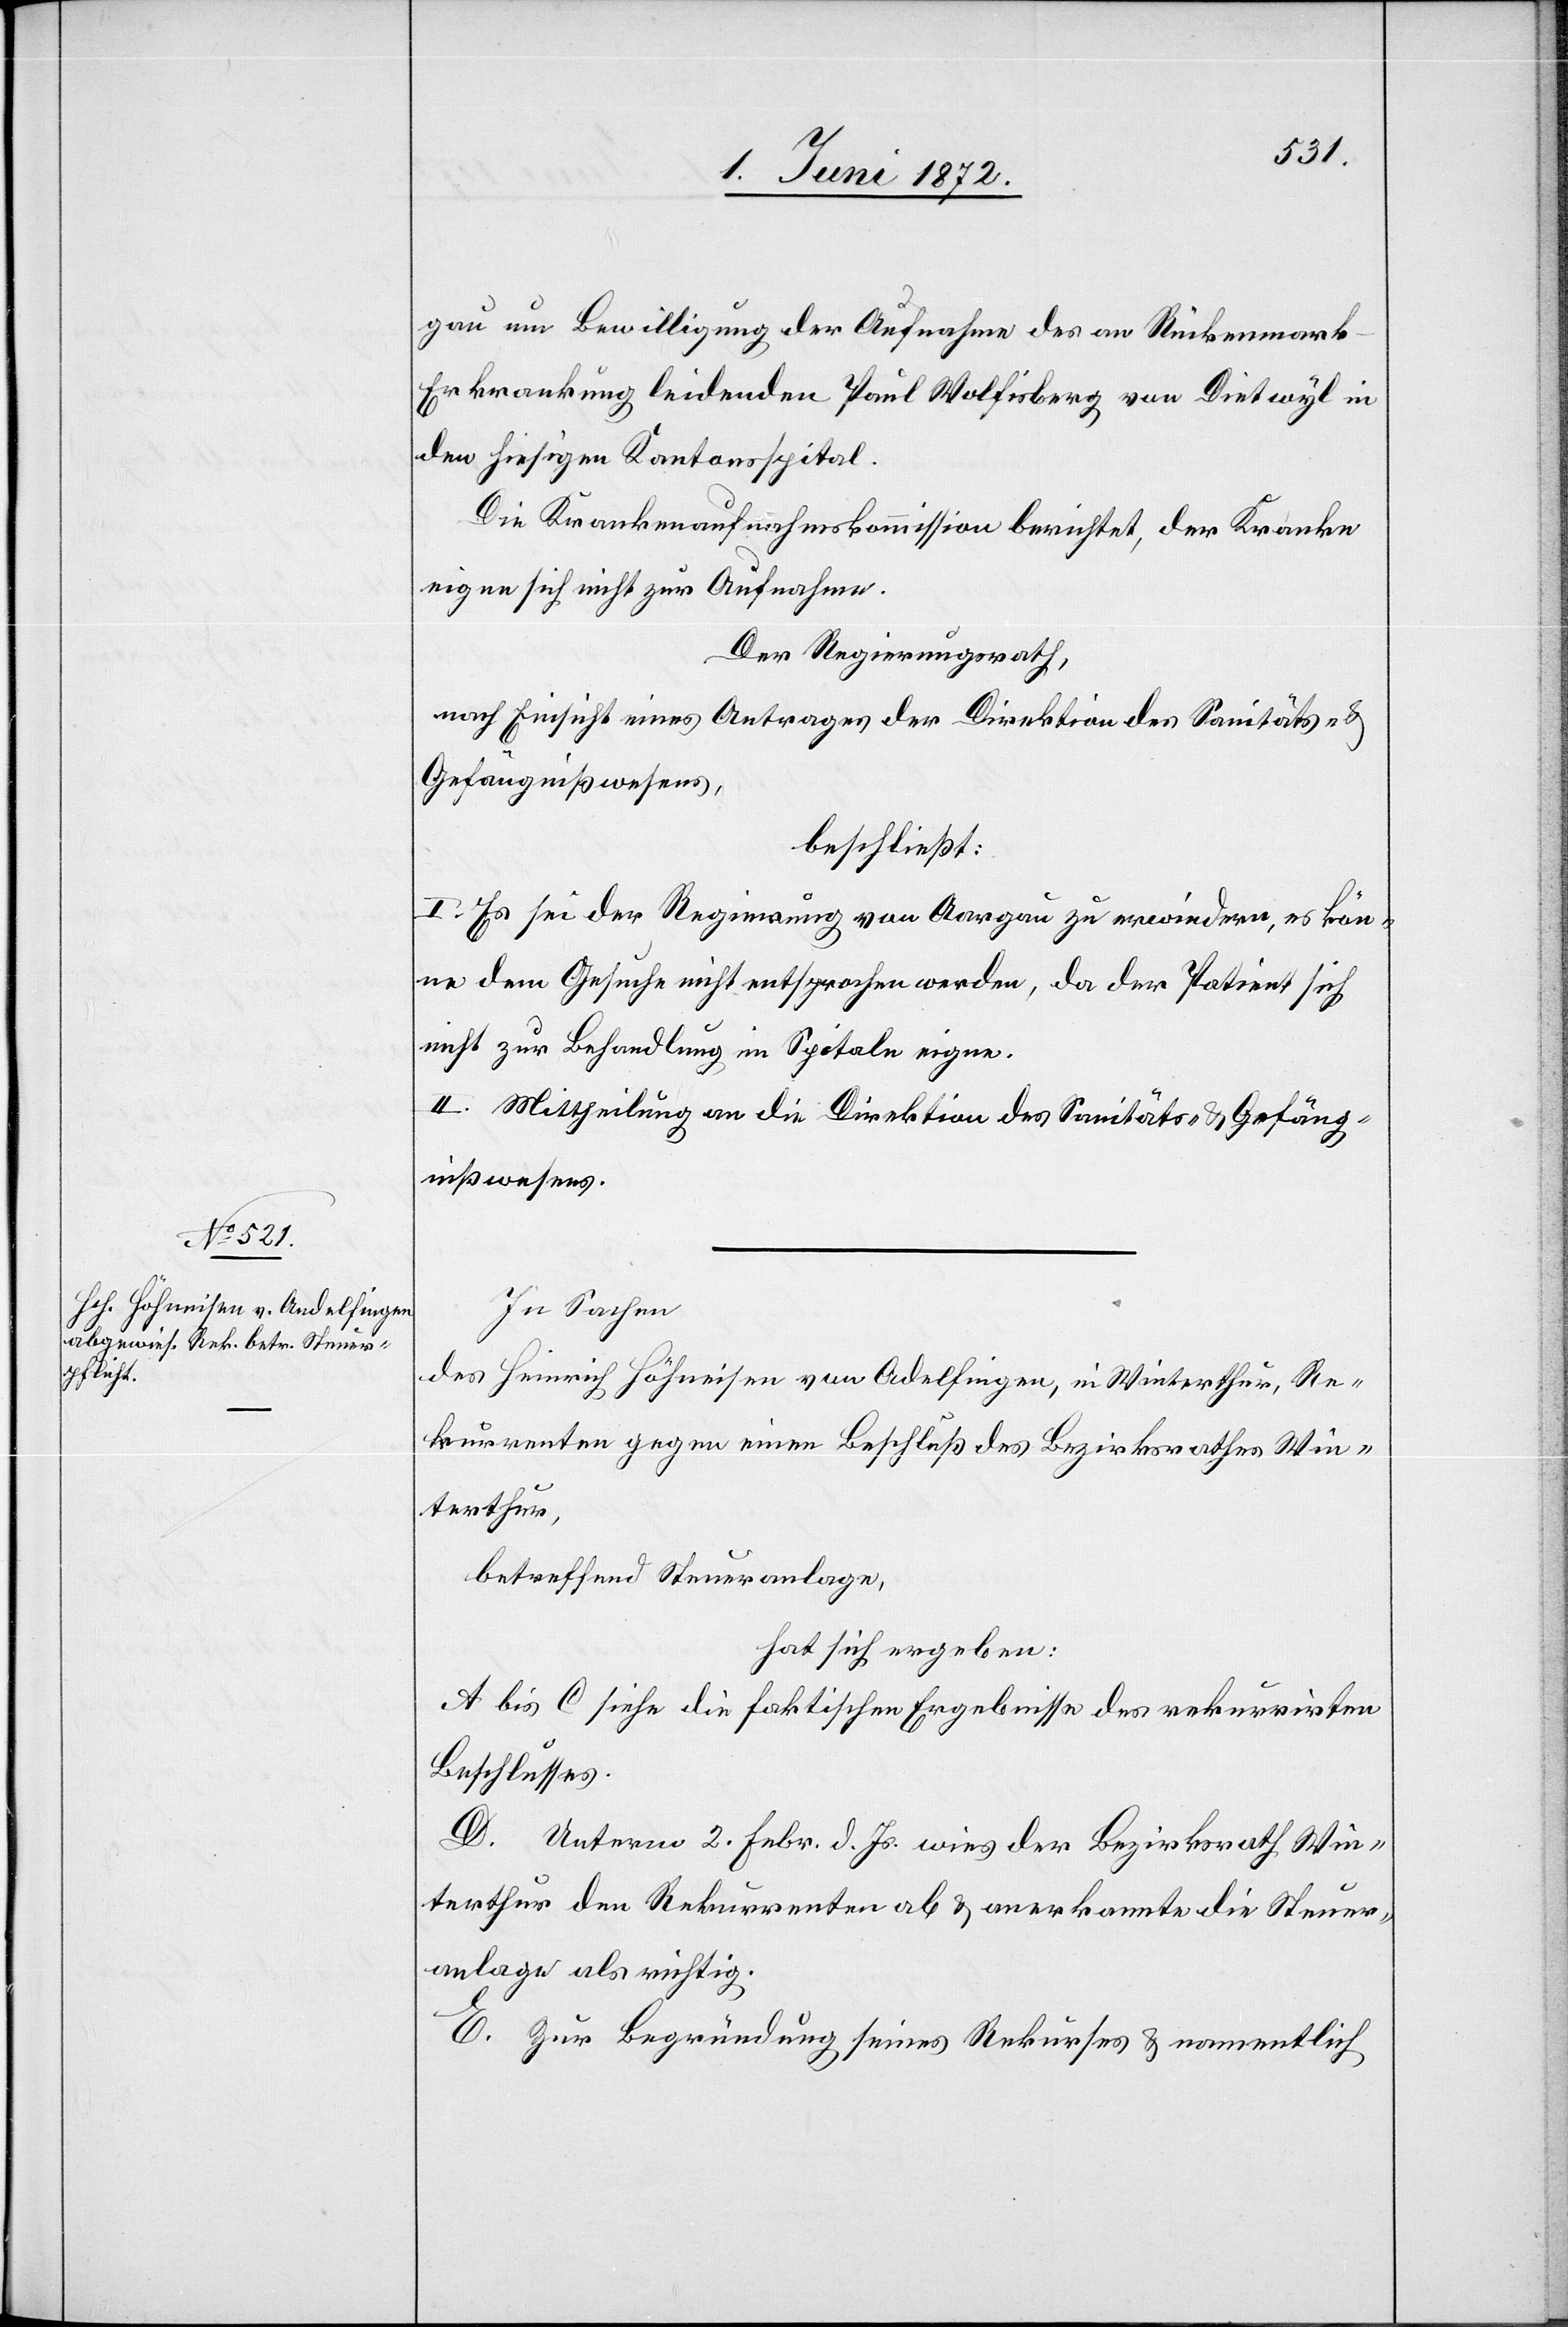
gau um Bewilligung der Aufnahme des an Rückenmark-E¬
rkrankung leidenden Paul Wolfisberg von Dietwyl in
den hiesigen Kantonsspital.
Die Krankenaufnahmskommission berichtet, der Kranke
eigne sich nicht zur Aufnahme.
Der Regierungsrath,
nach Einsicht eines Antrages der Direktion des Sanitäts-
Gefängnißwesens,
beschließt:
I. Es sei der Regierung von Aargau zu erwiedern, es kön¬
ne dem Gesuche nicht entsprochen werden, da der Patient sich
nicht zur Behandlung im Spitale eigne.
II. Mittheilung an die Direktion des Sanitäts- u. Gefäng¬
nißwesens.
In Sachen
des Heinrich Höhneisen von A[n]delfingen, in Winterthur, Re¬
kurrenten gegen einen Beschluß des Bezirksrathes Win¬
terthur,
betreffend Steueranlage,
hat sich ergeben:
A bis C siehe die faktischen Ergebnisse des rekurrirten
Beschlusses.
D. Unterm 2. Febr. d. Js. wies der Bezirksrath Win¬
terthur den Rekurrenten ab u. anerkannte die Steuer¬
anlage als richtig.
E. Zur Begründung seines Rekurses u. namentlich